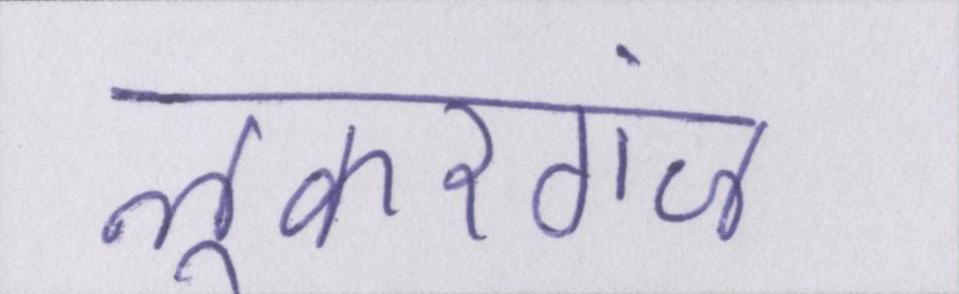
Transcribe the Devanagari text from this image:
लूकरगंज